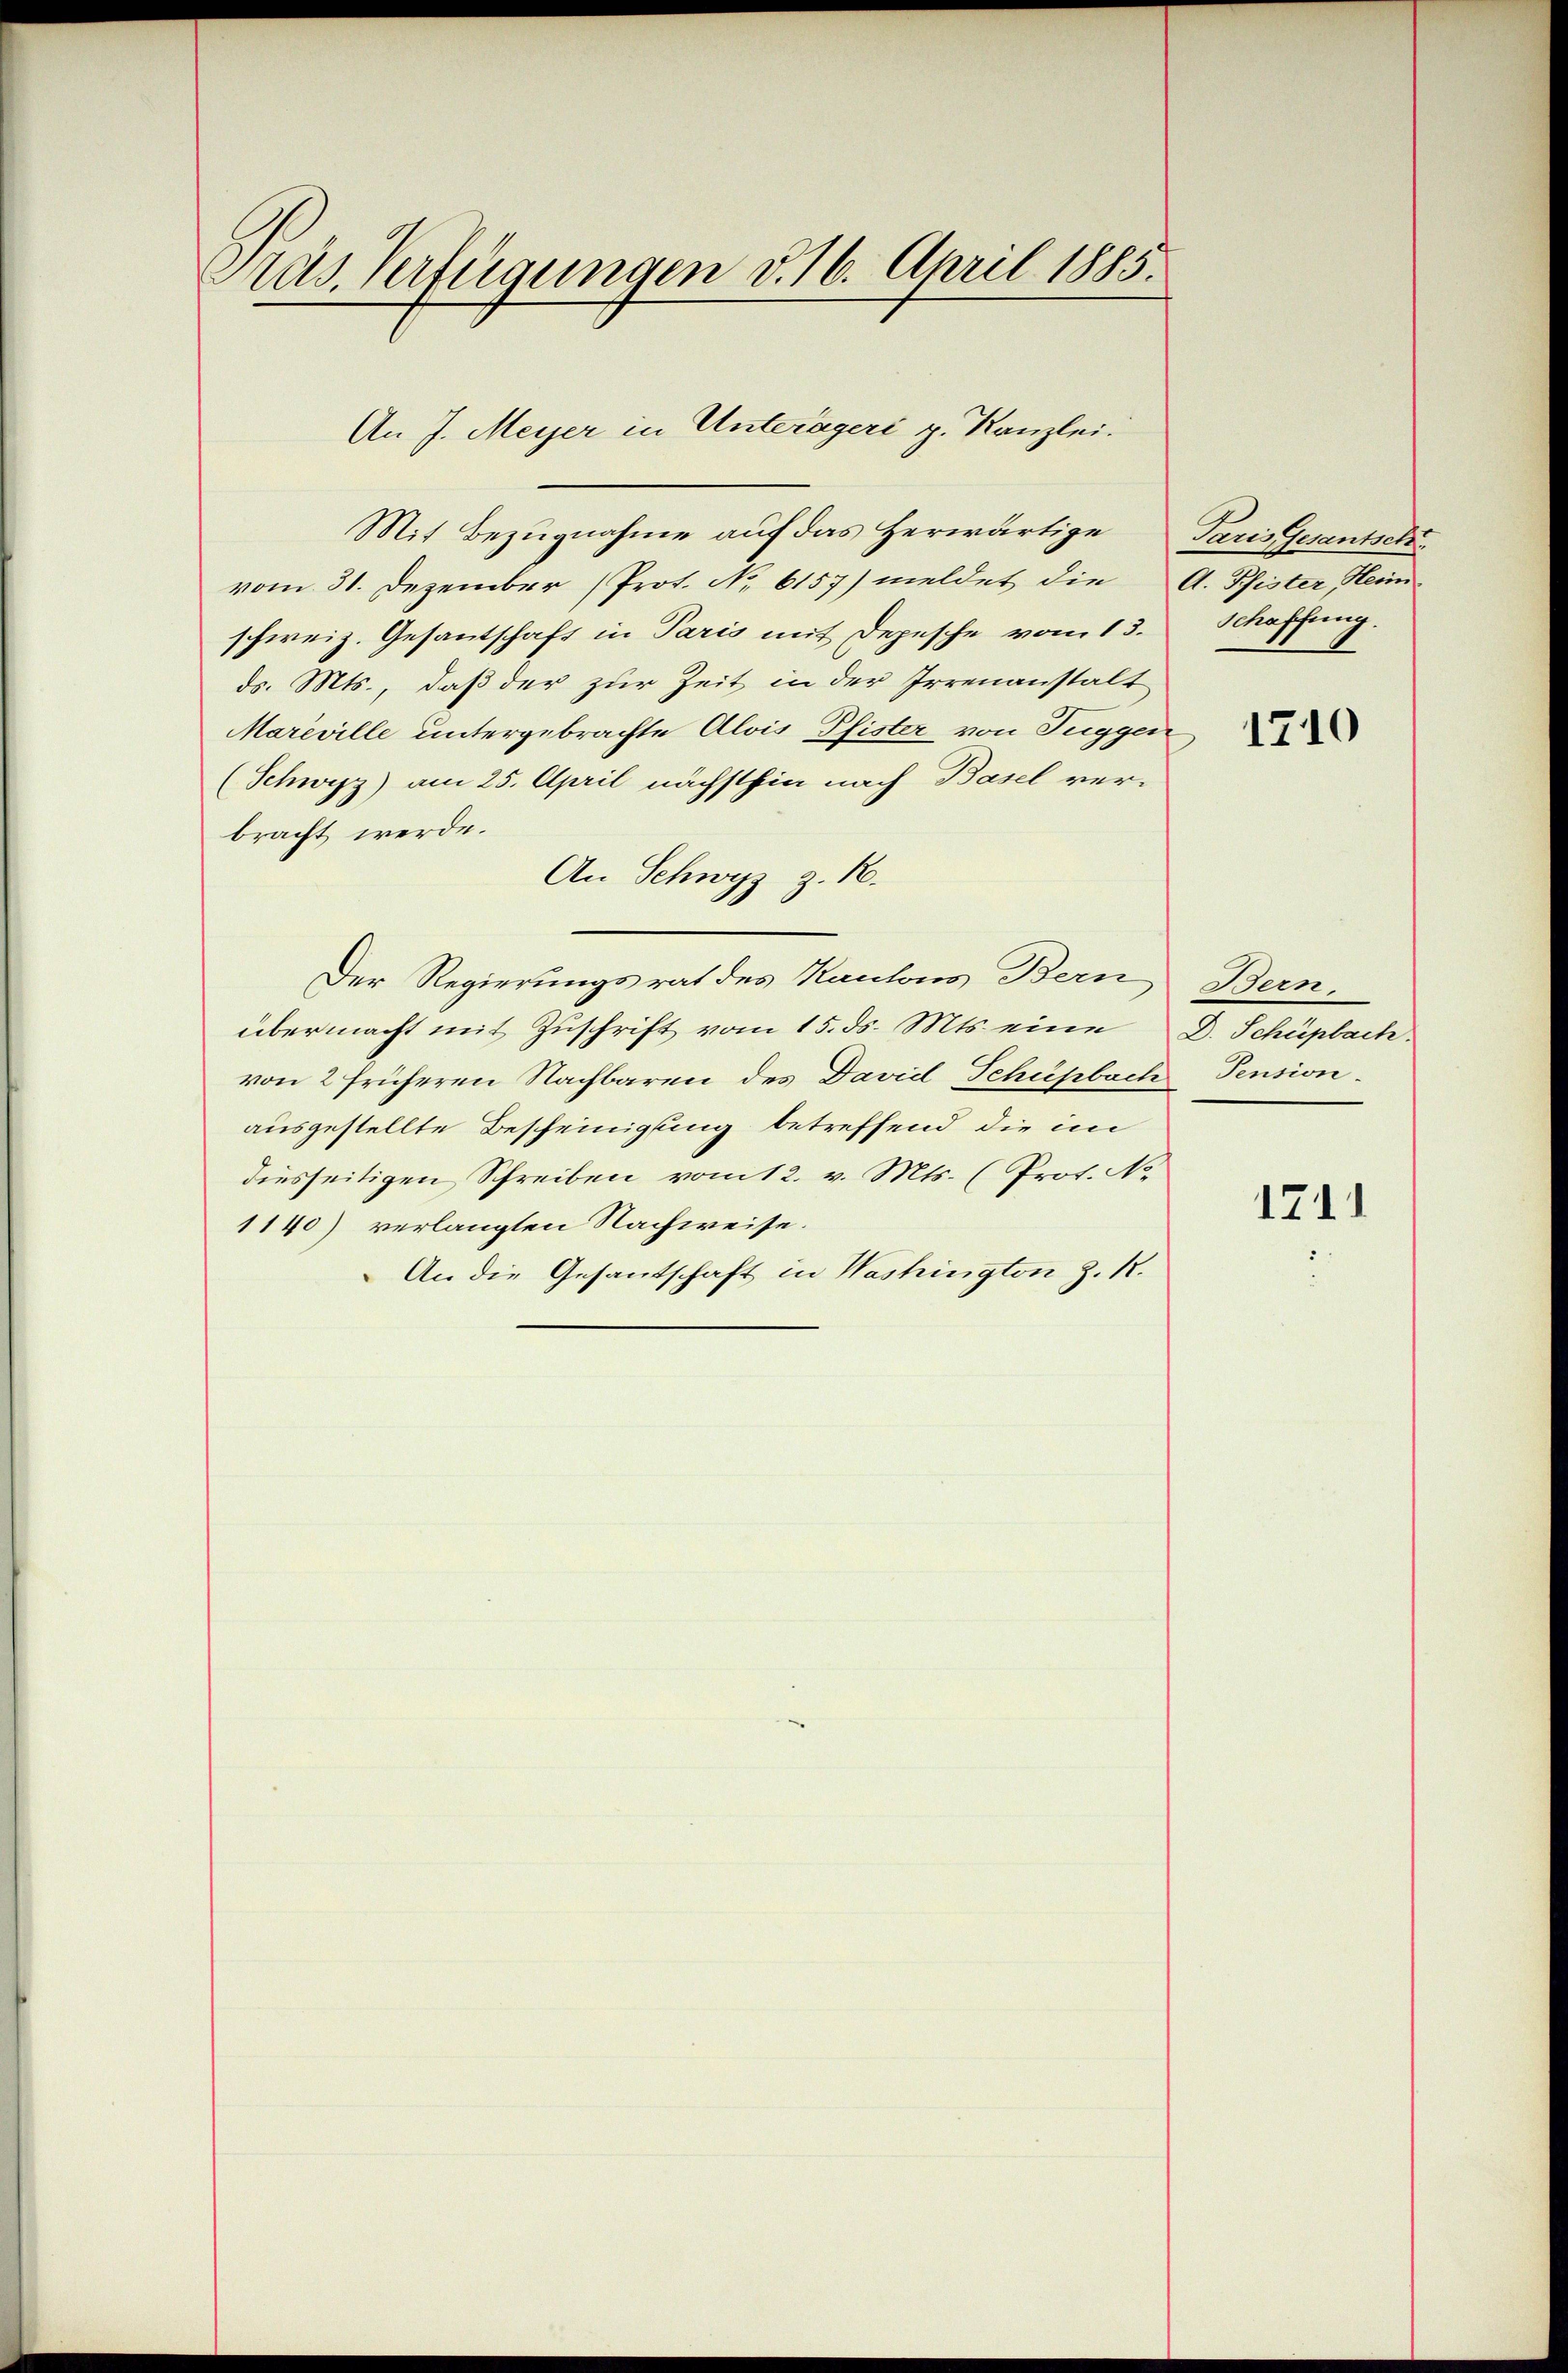
Pras. Verfügungen v. 16. April 1885.

Mit Bezugnahme auf das herwärtige Paris Gesantsch
vom 31. Dezember (Prot. No. 6157) meldet die A. Pfister, Heim
schweiz. Gesantschaft in Paris mit Depesche vom 13.
ds. Mts., daß der zur Zeit in der Irrenanstalt
Mareville untergebrachte Alois Pfister von Tuggen,
(Schwyz) am 25. April nächsthin nach Basel ver-
bracht werde.
An Schwyz z. R.
Der Regierungsrat des Kantons Bern Bern,
übermacht mit Zuschrift vom 15. ds. Mts. eine D. Schüpbach
von 2 früheren Nachbaren des Daviel Schüpbach Pension
ausgestellte Bescheinigung betreffend die im
diesseitigen Schreiben vom 12. v. Mts. (Prot. No
1140) verlangten Nachweise.
An die Gesantschaft in Washington z. R.

An J. Meyer in Unterägeri g. Kanzlei.

Schaffung.

1710

1711